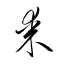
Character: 某